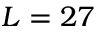
L = 2 7